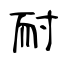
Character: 耐